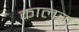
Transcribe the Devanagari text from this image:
कालज़